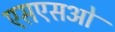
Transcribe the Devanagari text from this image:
एसएसओ